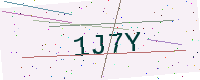
Text: 1J7Y